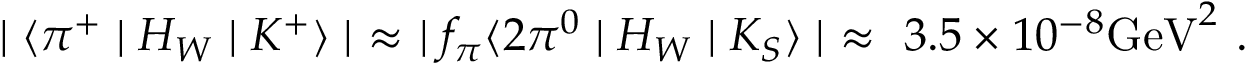
\mid \langle \pi ^ { + } \mid H _ { W } \mid K ^ { + } \rangle \mid ~ \approx ~ \mid f _ { \pi } \langle 2 \pi ^ { 0 } \mid H _ { W } \mid K _ { S } \rangle \mid ~ \approx ~ 3 . 5 \times 1 0 ^ { - 8 } \mathrm { G e V } ^ { 2 } ~ .